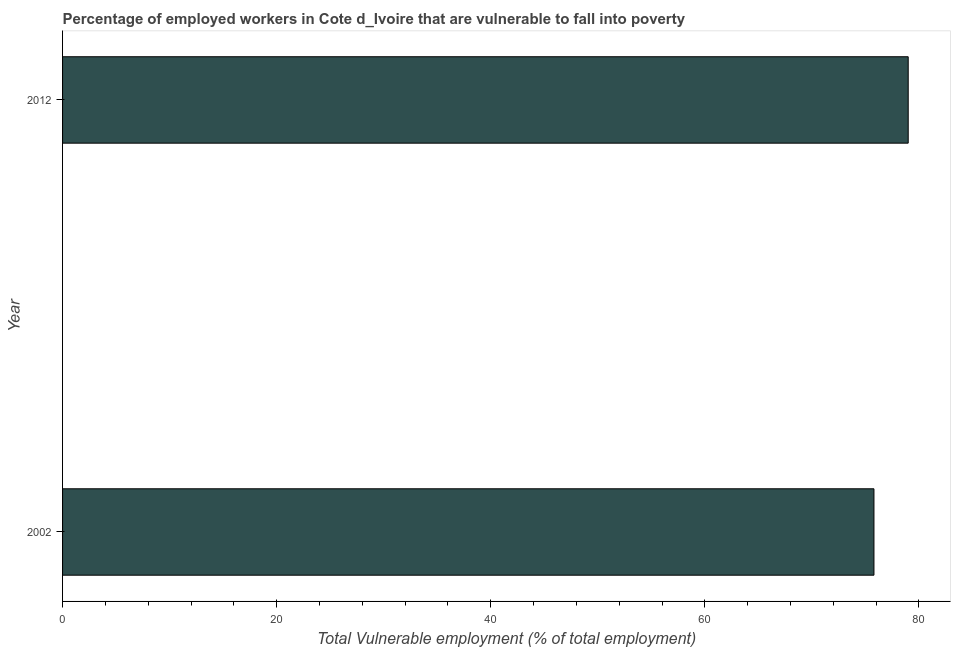
| Year | Vulnerable employment |
 | --- | --- |
 | 2002 | 75.8 |
 | 2012 | 79 |